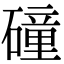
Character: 䃥